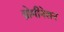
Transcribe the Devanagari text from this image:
ब्रोमीनेशन